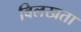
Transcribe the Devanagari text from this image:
विलखता